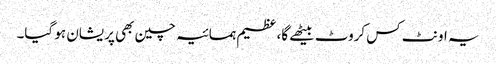
یہ اونٹ کس کروٹ بیٹھے گا، عظیم ہمسائیہ چین بھی پریشان ہو گیا۔